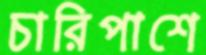
চারিপাশে